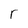
Character: r